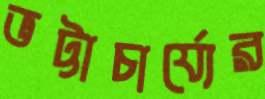
ভট্টাচার্য্যের